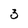
Character: 3